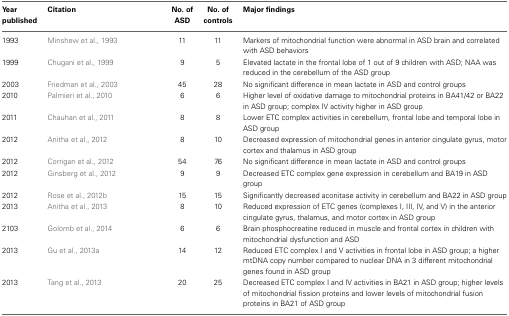
| Year published | Citation | No. of ASD | No. of controls | Major findings |
 | --- | --- | --- | --- | --- |
 | 1993 | Minshew et al., 1993 | 11 | 11 | Markers of mitochondrial function were abnormal in ASD brain and correlated with ASD behaviors |
 | 1999 | Chugani et al., 1999 | 9 | 5 | Elevated lactate in the frontal lobe of 1 out of 9 children with ASD; NAA was reduced in the cerebellum of the ASD group |
 | 2003 | Friedman et al., 2003 | 45 | 28 | No significant difference in mean lactate in ASD and control groups |
 | 2010 | Palmieri et al., 2010 | 6 | 6 | Higher level of oxidative damage to mitochondrial proteins in BA41/42 or BA22 in ASD group; complex IV activity higher in ASD group |
 | 2011 | Chauhan et al., 2011 | 8 | 8 | Lower ETC complex activities in cerebellum, frontal lobe and temporal lobe in ASD group |
 | 2012 | Anitha et al., 2012 | 8 | 10 | Decreased expression of mitochondrial genes in anterior cingulate gyrus, motor cortex and thalamus in ASD group |
 | 2012 | Corrigan et al., 2012 | 54 | 76 | No significant difference in mean lactate in ASD and control groups |
 | 2012 | Ginsberg et al., 2012 | 9 | 9 | Decreased ETC complex gene expression in cerebellum and BA19 in ASD group |
 | 2012 | Rose et al., 2012b | 15 | 15 | Significantly decreased aconitase activity in cerebellum and BA22 in ASD group |
 | 2013 | Anitha et al., 2013 | 8 | 10 | Reduced expression of ETC genes (complexes I, III, IV, and V) in the anterior cingulate gyrus, thalamus, and motor cortex in ASD group |
 | 2103 | Golomb et al., 2014 | 6 | 6 | Brain phosphocreatine reduced in muscle and frontal cortex in children with mitochondrial dysfunction and ASD |
 | 2013 | Gu et al., 2013a | 14 | 12 | Reduced ETC complex I and V activities in frontal lobe in ASD group; a higher mtDNA copy number compared to nuclear DNA in 3 different mitochondrial genes found in ASD group |
 | 2013 | Tang et al., 2013 | 20 | 25 | Decreased ETC complex I and IV activities in BA21 in ASD group; higher levels of mitochondrial fission proteins and lower levels of mitochondrial fusion proteins in BA21 of ASD group |